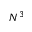
N ^ { 3 }